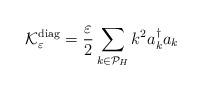
LaTeX: \begin{align*}\mathcal{K}^{\mathrm{diag}}_{\varepsilon}=\frac{\varepsilon}{2}\sum_{k\in\mathcal P_H }k^{2}a_{k}^{\dagger}a_{k}\end{align*}